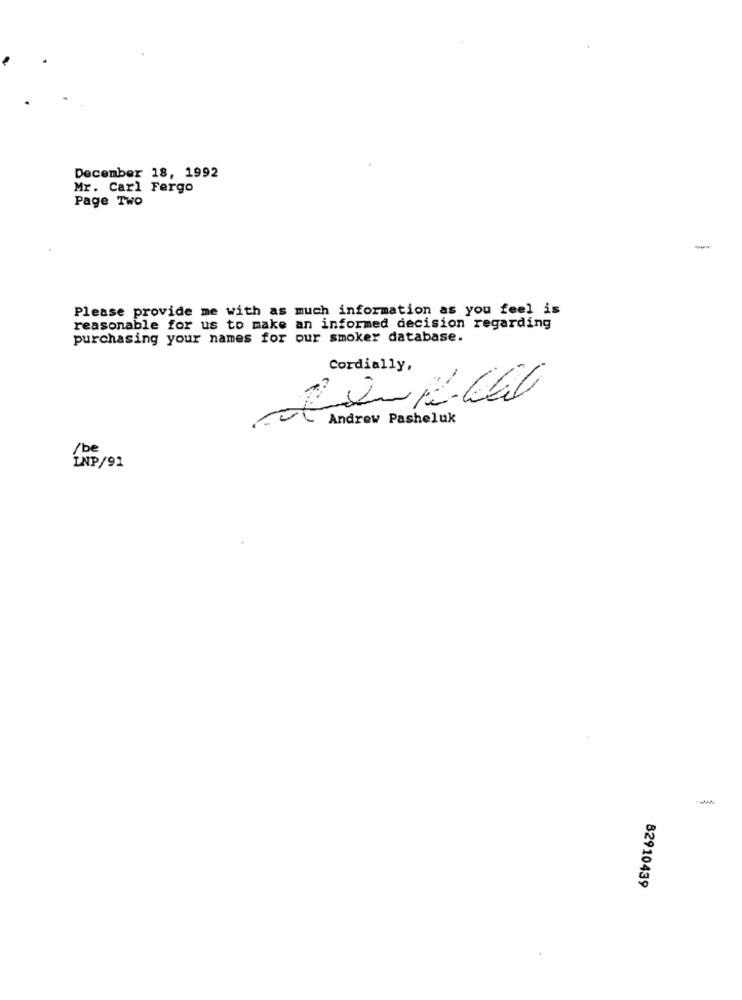
December 18, 1992
Mr. Carl Fergo
Page Two
-
Please provide me with as much information as you feel is
reasonable for us to make an informed decision regarding
purchasing your names for our smoker database.
Cordially,
00
Andrew Pasheluk
LAND/91
-
82910439